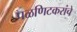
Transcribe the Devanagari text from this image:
पळणिटकरांचे